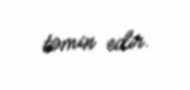
təmin edir.